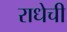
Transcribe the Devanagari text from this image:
राधेची